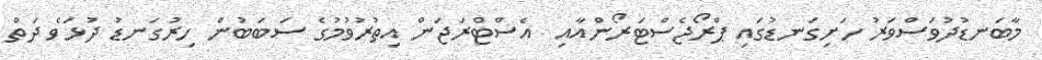
މާބަނޑުދުވަސްވަރު ހަށިގަނޑުގައި ޕްރޯޖެސްޓަރޯންއާއި  އެސްޓްރަޖަން އިތުރުވުމުގެ ސަބަބުން ހިރުގަނޑު ދުޅަވެ ދަތް